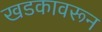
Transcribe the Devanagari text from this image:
खडकावरून